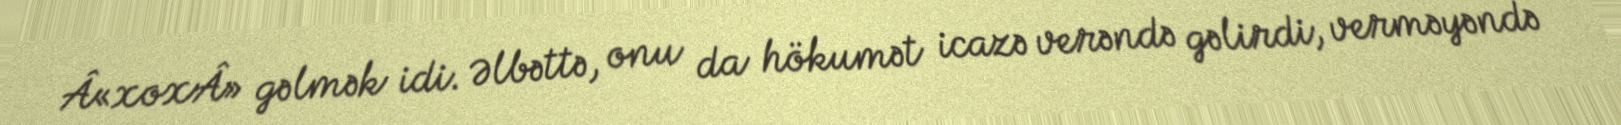
Â«xoxÂ» gəlmək idi. Əlbəttə, onu da hökumət icazə verəndə gəlirdi, verməyəndə